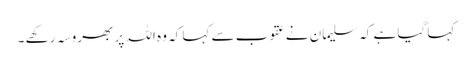
کہا گیا ہے کہ سلیمان نے عقوب سے کہا کہ وہ اللہ پر بھروسہ رکھے ۔